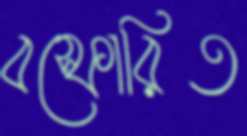
বস্ফোরিত